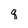
Character: q